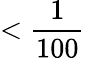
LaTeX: <\frac{1}{100}